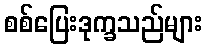
စစ်ပြေးဒုက္ခသည်များ